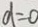
d = 0